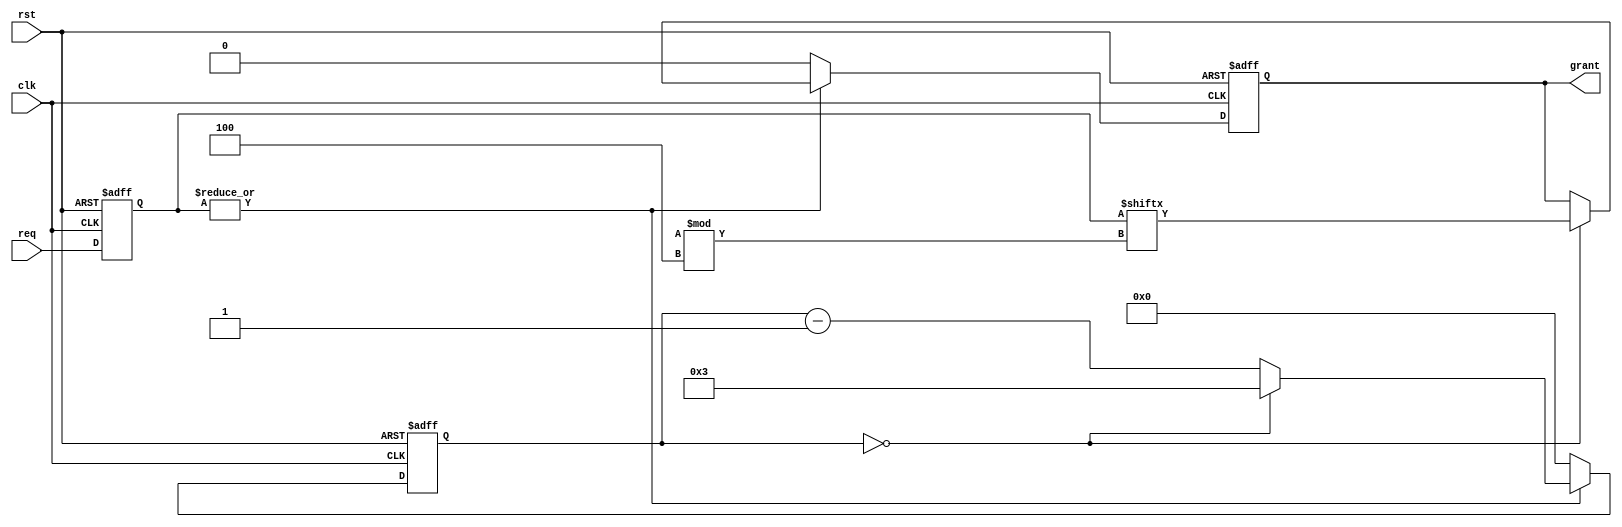
module RandomArbiter (
    input wire clk,
    input wire rst,
    input wire [NUM_SOURCES-1:0] req,
    output reg grant
);

parameter NUM_SOURCES = 4;

reg [NUM_SOURCES-1:0] req_reg;
reg [7:0] count;

always @(posedge clk or posedge rst) begin
    if (rst) begin
        req_reg <= 0;
        grant <= 0;
        count <= 0;
    end else begin
        req_reg <= req;
        if (|req_reg) begin
            if (count == 0) begin
                grant <= req_reg[($urandom % NUM_SOURCES)];
                count <= NUM_SOURCES-1;
            end else begin
                count <= count - 1;
            end
        end else begin
            grant <= 0;
            count <= 0;
        end
    end
end

endmodule